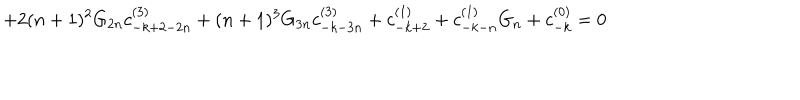
+ 2 ( n + 1 ) ^ { 2 } G _ { 2 n } c _ { - k + 2 - 2 n } ^ { ( 3 ) } + ( n + 1 ) ^ { 3 } G _ { 3 n } c _ { - k - 3 n } ^ { ( 3 ) } + c _ { - k + 2 } ^ { ( 1 ) } + c _ { - k - n } ^ { ( 1 ) } G _ { n } + c _ { - k } ^ { ( 0 ) } = 0